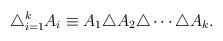
LaTeX: \begin{align*}\bigtriangleup_{i=1}^k A_i \equiv A_1 \triangle A_2 \triangle \cdots \triangle A_k.\end{align*}